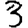
Digit: 3